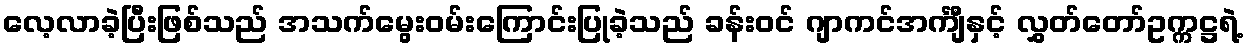
လေ့လာခဲ့ပြီးဖြစ်သည် အသက်မွေးဝမ်းကြောင်းပြုခဲ့သည် ခန်းဝင် ဂျာကင်အင်္ကျီနှင့် လွှတ်တော်ဥက္ကဋ္ဌရဲ့